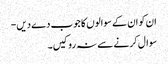
ان کو ان کے سوالوں کا جوب دے دیں-
سوال کرنے سے نہ روکیں۔